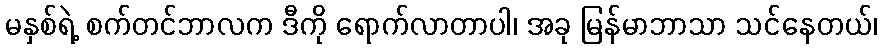
မနှစ်ရဲ့ စက်တင်ဘာလက ဒီကို ရောက်လာတာပါ၊ အခု မြန်မာဘာသာ သင်နေတယ်၊